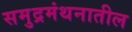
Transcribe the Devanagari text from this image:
समुद्रमंथनातील